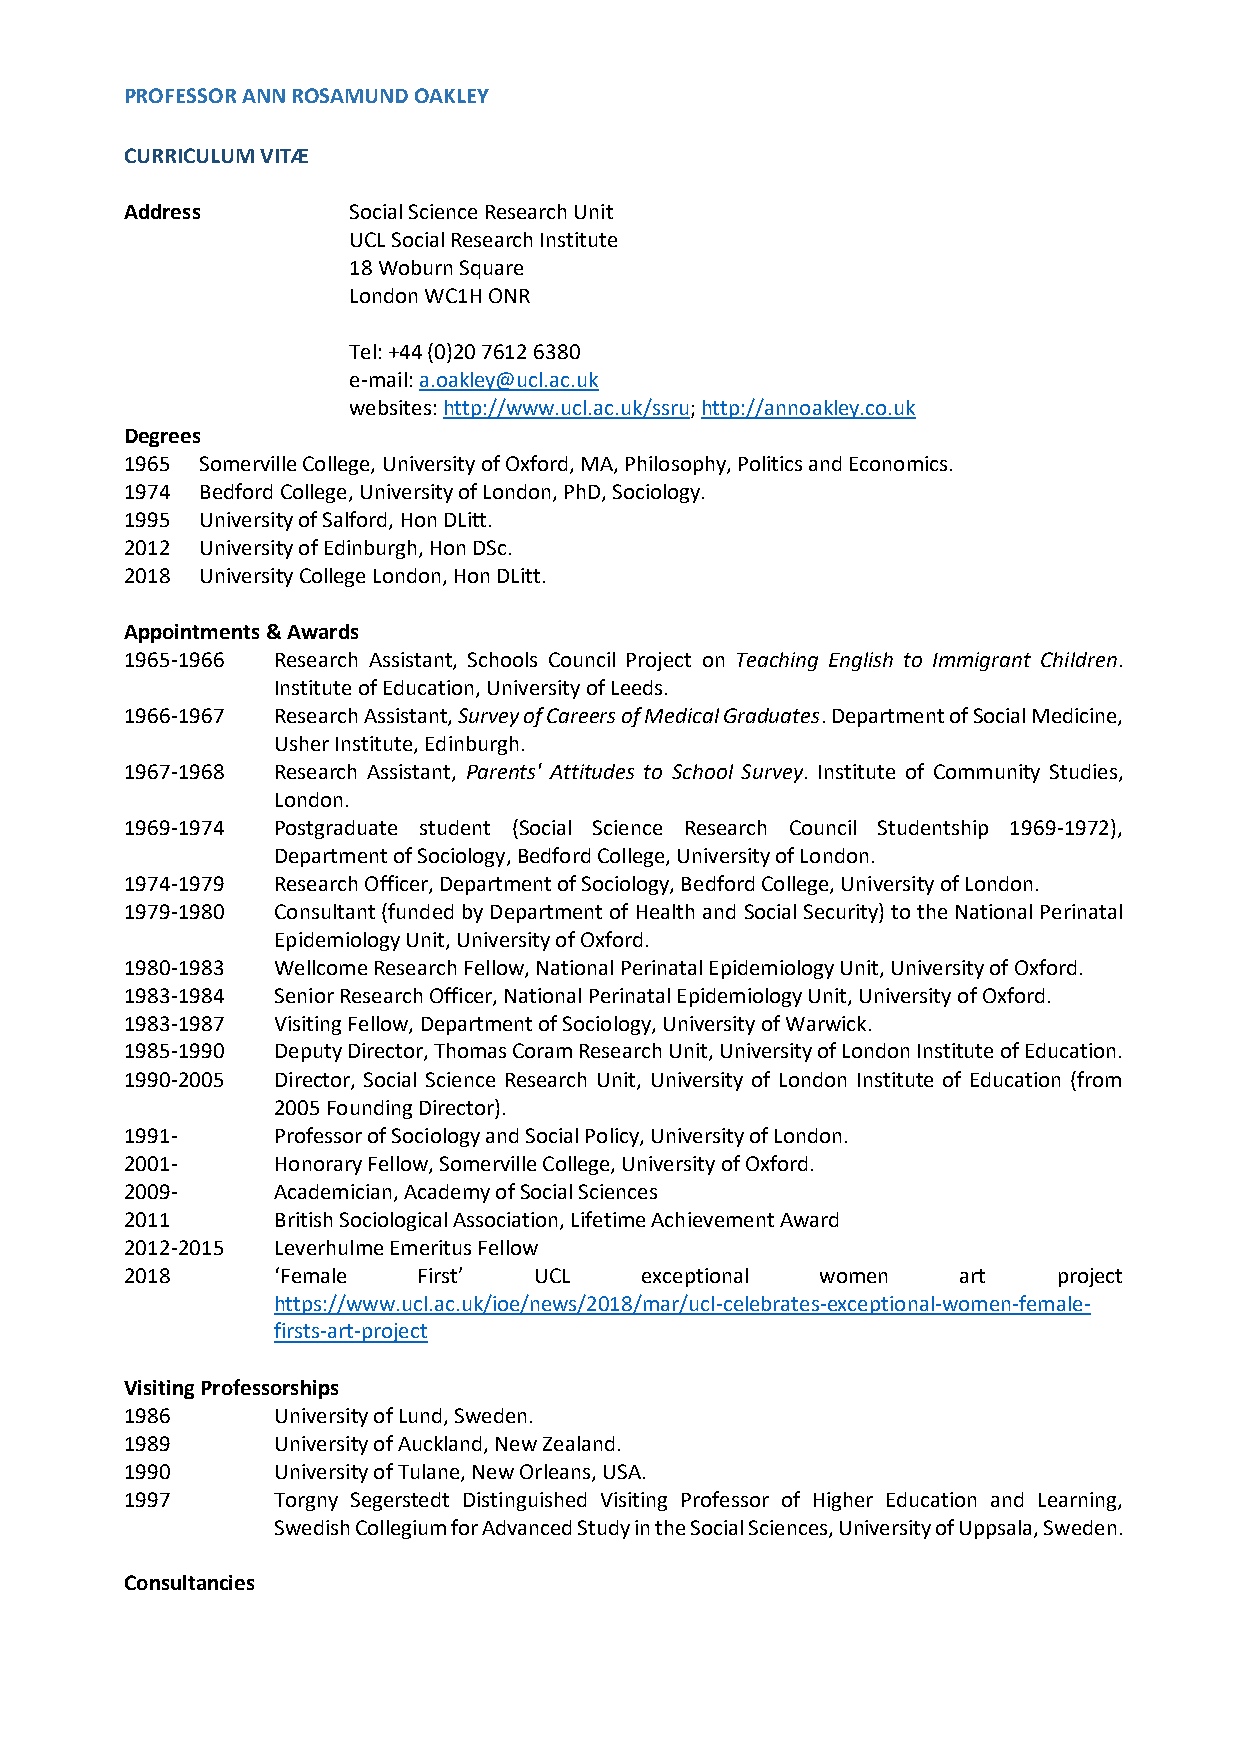
PROFESSOR ANN ROSAMUND OAKLEY
 CURRICULUM VITÆ
 Address        Social Science Research Unit
 UCL Social Research Institute
 18 Woburn Square
 London WC1H ONR
 Tel: +44 (0)20 7612 6380
 e-mail: a.oakley@ucl.ac.uk
 websites: http://www.ucl.ac.uk/ssru; http://annoakley.co.uk
 Degrees
 1965 Somerville College, University of Oxford, MA, Philosophy, Politics and Economics.
 1974 Bedford College, University of London, PhD, Sociology.
 1995 University of Salford, Hon DLitt.
 2012 University of Edinburgh, Hon DSc.
 2018 University College London, Hon DLitt.
 Appointments & Awards
 1965-1966 Research Assistant, Schools Council Project on Teaching English to Immigrant Children.
 Institute of Education, University of Leeds.
 1966-1967 Research Assistant, Survey of Careers of Medical Graduates. Department of Social Medicine,
 Usher Institute, Edinburgh.
 1967-1968 Research Assistant, Parents' Attitudes to School Survey. Institute of Community Studies,
 London.
 1969-1974 Postgraduate student (Social Science Research Council Studentship 1969-1972),
 Department of Sociology, Bedford College, University of London.
 1974-1979 Research Officer, Department of Sociology, Bedford College, University of London.
 1979-1980 Consultant (funded by Department of Health and Social Security) to the National Perinatal
 Epidemiology Unit, University of Oxford.
 1980-1983 Wellcome Research Fellow, National Perinatal Epidemiology Unit, University of Oxford.
 1983-1984 Senior Research Officer, National Perinatal Epidemiology Unit, University of Oxford.
 1983-1987 Visiting Fellow, Department of Sociology, University of Warwick.
 1985-1990 Deputy Director, Thomas Coram Research Unit, University of London Institute of Education.
 1990-2005 Director, Social Science Research Unit, University of London Institute of Education (from
 2005 Founding Director).
 1991-     Professor of Sociology and Social Policy, University of London.
 2001-     Honorary Fellow, Somerville College, University of Oxford.
 2009-     Academician, Academy of Social Sciences
 2011      British Sociological Association, Lifetime Achievement Award
 2012-2015 Leverhulme Emeritus Fellow
 2018      ‘Female   First’ UCL    exceptional women    art    project
 https://www.ucl.ac.uk/ioe/news/2018/mar/ucl-celebrates-exceptional-women-female-
 firsts-art-project
 Visiting Professorships
 1986      University of Lund, Sweden.
 1989      University of Auckland, New Zealand.
 1990      University of Tulane, New Orleans, USA.
 1997      Torgny Segerstedt Distinguished Visiting Professor of Higher Education and Learning,
 Swedish Collegium for Advanced Study in the Social Sciences, University of Uppsala, Sweden.
 Consultancies